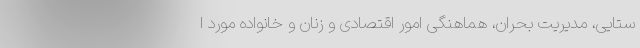
ستایی، مدیریت بحران، هماهنگی امور اقتصادی و زنان و خانواده مورد ا